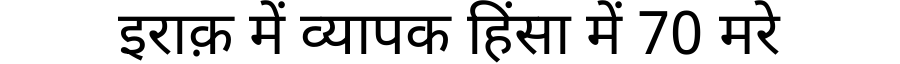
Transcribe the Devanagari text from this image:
इराक़ में व्यापक हिंसा में 70 मरे